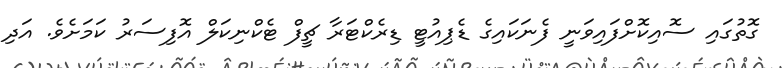
ގޮތުގައި ސޮއިކޮށްފައިވަނީ ފެނަކައިގެ ޑެޕިއުޓީ ޑިރެކްޓަރާ ޗީފް ޓެކްނިކަލް އޮފިސަރު ކަމަށެވެ. އަދި